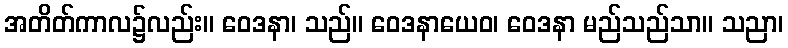
အတိတ်ကာလ၌လည်း။ ဝေဒနာ၊ သည်။ ဝေဒနာယေဝ၊ ဝေဒနာ မည်သည်သာ။ သညာ၊